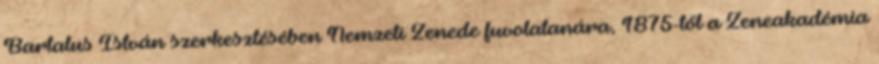
Bartalus István szerkesztésében Nemzeti Zenede fuvolatanára, 1875-től a Zeneakadémia